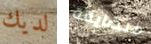
لديك متضايقة